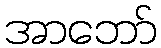
အာဘော်